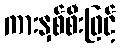
ကားနှစ်စီးဖြင့်